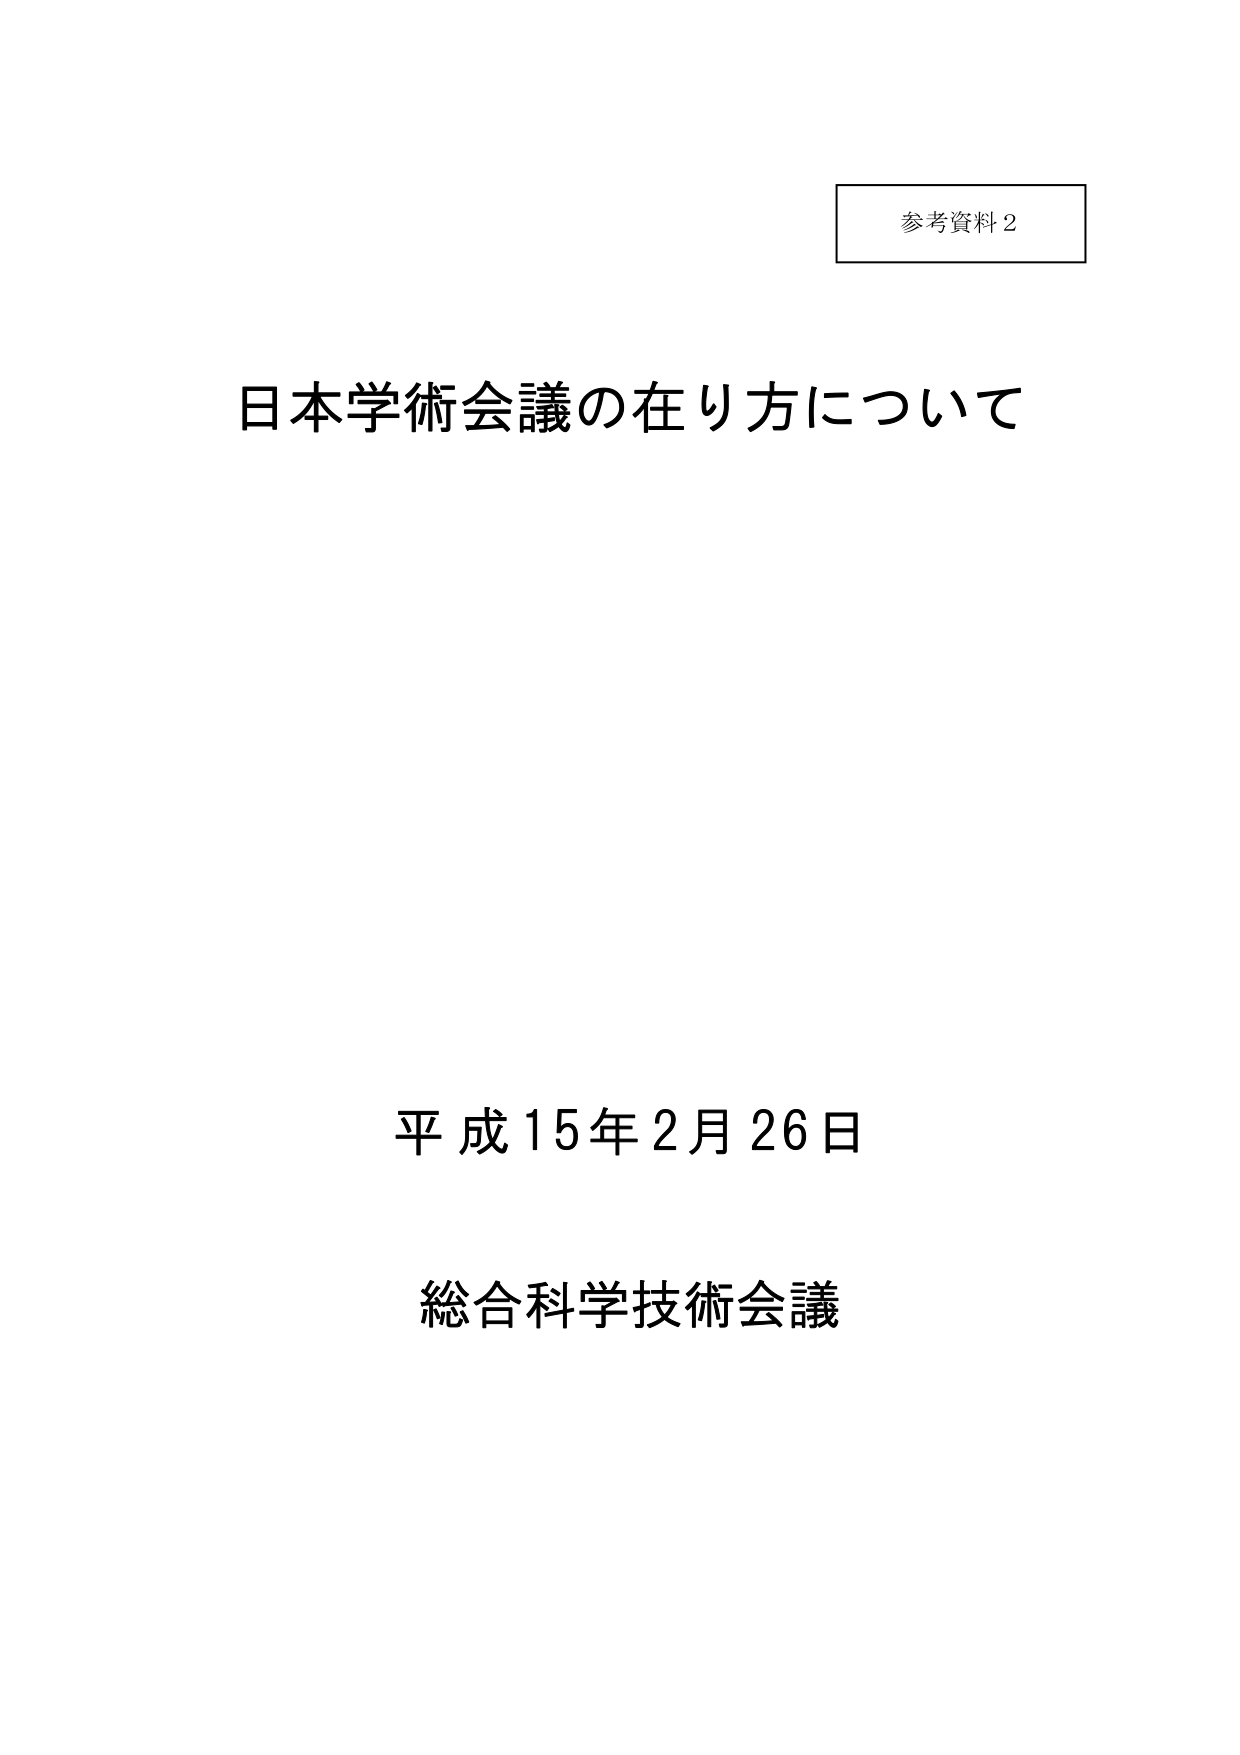
参考資料2
日本学術会議の在り方について
平成15年2月26日
総合科学技術会議